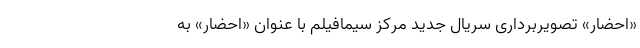
«احضار» تصویربرداری سریال جدید مرکز سیمافیلم با عنوان «احضار» به